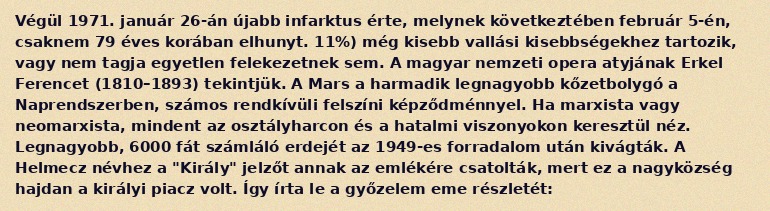
Végül 1971. január 26-án újabb infarktus érte, melynek következtében február 5-én, csaknem 79 éves korában elhunyt. 11%) még kisebb vallási kisebbségekhez tartozik, vagy nem tagja egyetlen felekezetnek sem. A magyar nemzeti opera atyjának Erkel Ferencet (1810–1893) tekintjük. A Mars a harmadik legnagyobb kőzetbolygó a Naprendszerben, számos rendkívüli felszíni képződménnyel. Ha marxista vagy neomarxista, mindent az osztályharcon és a hatalmi viszonyokon keresztül néz. Legnagyobb, 6000 fát számláló erdejét az 1949-es forradalom után kivágták. A Helmecz névhez a "Király" jelzőt annak az emlékére csatolták, mert ez a nagyközség hajdan a királyi piacz volt. Így írta le a győzelem eme részletét: